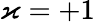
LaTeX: \varkappa=+1